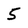
Character: 5